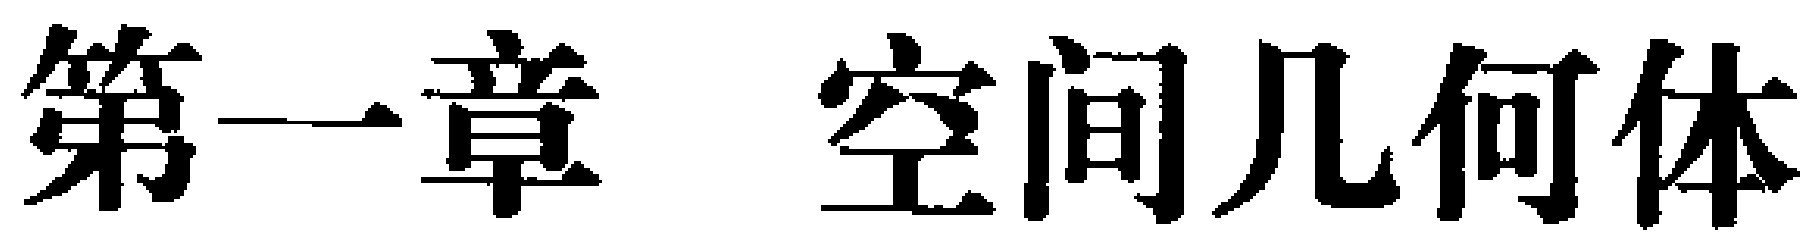
第一章 空间几何体